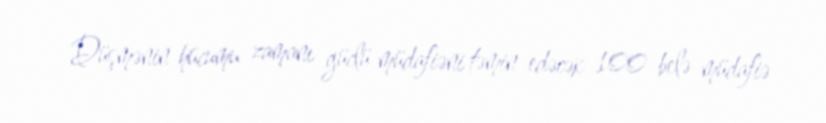
Düşmənin hücumu zamanı güclü müdafiəni təmin edəcək 100 belə müdafiə